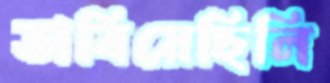
ভাবিয়েছিলি